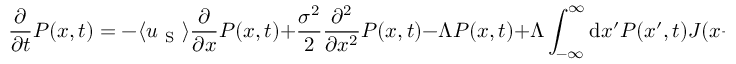
\frac { \partial } { \partial t } P ( x , t ) = - \langle u _ { \mathrm { ~ S ~ } } \rangle \frac { \partial } { \partial x } P ( x , t ) + \frac { \sigma ^ { 2 } } { 2 } \frac { \partial ^ { 2 } } { \partial x ^ { 2 } } P ( x , t ) - \Lambda P ( x , t ) + \Lambda \int _ { - \infty } ^ { \infty } \mathrm { d } x ^ { \prime } P ( x ^ { \prime } , t ) J ( x - x ^ { \prime } ) .